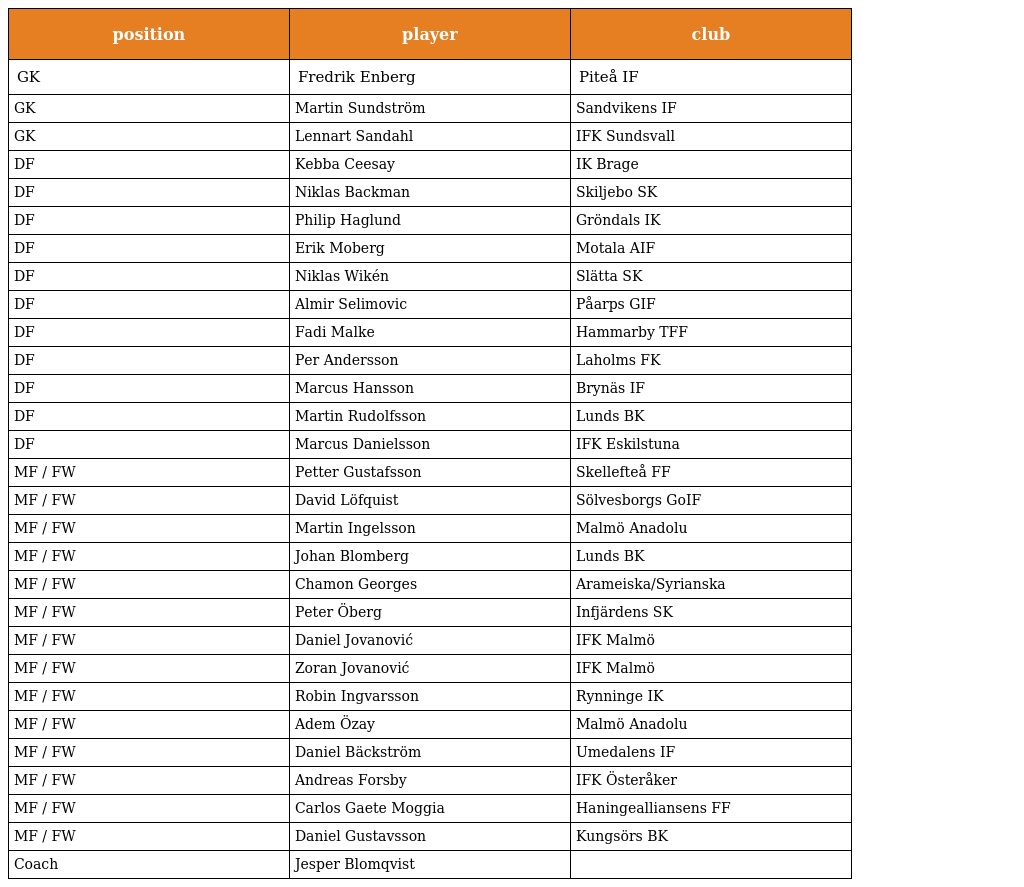
| position | player | club |
 | --- | --- | --- |
 | GK | Fredrik Enberg | Piteå IF |
 | GK | Martin Sundström | Sandvikens IF |
 | GK | Lennart Sandahl | IFK Sundsvall |
 | DF | Kebba Ceesay | IK Brage |
 | DF | Niklas Backman | Skiljebo SK |
 | DF | Philip Haglund | Gröndals IK |
 | DF | Erik Moberg | Motala AIF |
 | DF | Niklas Wikén | Slätta SK |
 | DF | Almir Selimovic | Påarps GIF |
 | DF | Fadi Malke | Hammarby TFF |
 | DF | Per Andersson | Laholms FK |
 | DF | Marcus Hansson | Brynäs IF |
 | DF | Martin Rudolfsson | Lunds BK |
 | DF | Marcus Danielsson | IFK Eskilstuna |
 | MF / FW | Petter Gustafsson | Skellefteå FF |
 | MF / FW | David Löfquist | Sölvesborgs GoIF |
 | MF / FW | Martin Ingelsson | Malmö Anadolu |
 | MF / FW | Johan Blomberg | Lunds BK |
 | MF / FW | Chamon Georges | Arameiska/Syrianska |
 | MF / FW | Peter Öberg | Infjärdens SK |
 | MF / FW | Daniel Jovanović | IFK Malmö |
 | MF / FW | Zoran Jovanović | IFK Malmö |
 | MF / FW | Robin Ingvarsson | Rynninge IK |
 | MF / FW | Adem Özay | Malmö Anadolu |
 | MF / FW | Daniel Bäckström | Umedalens IF |
 | MF / FW | Andreas Forsby | IFK Österåker |
 | MF / FW | Carlos Gaete Moggia | Haningealliansens FF |
 | MF / FW | Daniel Gustavsson | Kungsörs BK |
 | Coach | Jesper Blomqvist |  |